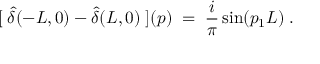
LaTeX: [ \; \hat { \delta } ( - L , 0 ) - \hat { \delta } ( L , 0 ) \; ] ( p ) \; = \; \frac { i } { \pi } \sin ( p _ { 1 } L ) \; .